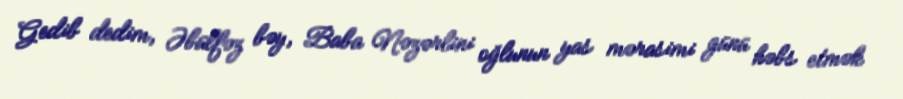
Gedib dedim, Əbülfəz bəy, Baba Nəzərlini oğlunun yas mərasimi günü həbs etmək